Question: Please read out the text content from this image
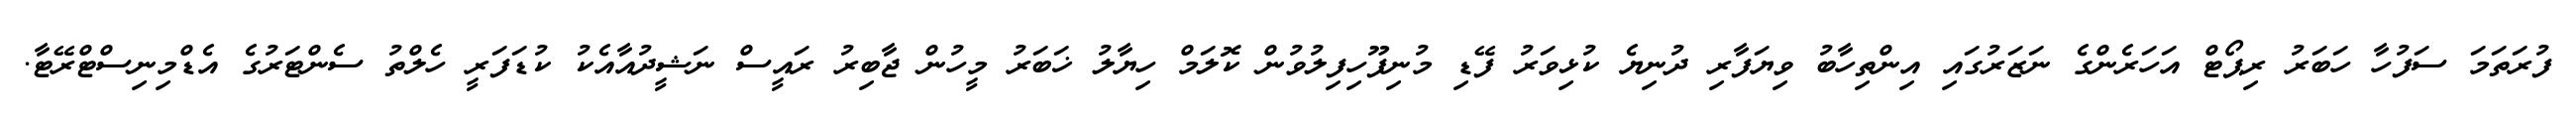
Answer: ފުރަތަމަ ސަފުހާ ހަބަރު ރިޕޯޓް އަހަރެންގެ ނަޒަރުގައި އިންތިހާބު ވިޔަފާރި ދުނިޔެ ކުޅިވަރު ފޭޑި މުނިފޫހިފިލުވުން ކޮލަމް ހިޔާލު ޚަބަރު މީހުން ޖާބިރު ރައީސް ނަޝީދުއާއެކު ކުޑަފަރީ ހެލްތު ސެންޓަރުގެ އެޑްމިނިސްޓްރޭޓާ.